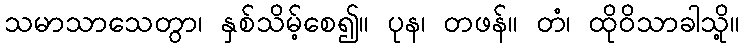
သမာသာသေတွာ၊ နှစ်သိမ့်စေ၍။ ပုန၊ တဖန်။ တံ၊ ထိုဝိသာခါသို့။